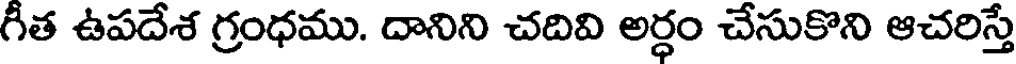
గీత ఉపదేశ గ్రంధము. దానిని చదివి అర్ధం చేసుకొని ఆచరిస్తే